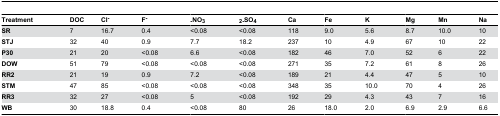
| Treatment | DOC | Cl- | F- | -NO3 | 2-SO4 | Ca | Fe | K | Mg | Mn | Na |
 | --- | --- | --- | --- | --- | --- | --- | --- | --- | --- | --- | --- |
 | SR | 7 | 16.7 | 0.4 | <0.08 | <0.08 | 118 | 9.0 | 5.6 | 8.7 | 10.0 | 10 |
 | STJ | 32 | 40 | 0.9 | 7.7 | 18.2 | 237 | 10 | 4.9 | 67 | 10 | 22 |
 | P30 | 21 | 20 | <0.08 | 6.6 | <0.08 | 182 | 46 | 7.0 | 52 | 6 | 22 |
 | DOW | 51 | 79 | <0.08 | <0.08 | <0.08 | 271 | 35 | 7.2 | 61 | 8 | 26 |
 | RR2 | 21 | 19 | 0.9 | 7.2 | <0.08 | 189 | 21 | 4.4 | 47 | 5 | 10 |
 | STM | 47 | 85 | <0.08 | <0.08 | <0.08 | 348 | 35 | 10.0 | 70 | 4 | 26 |
 | RR3 | 32 | 27 | <0.08 | 5 | <0.08 | 192 | 29 | 4.3 | 43 | 7 | 16 |
 | WB | 30 | 18.8 | 0.4 | <0.08 | 80 | 26 | 18.0 | 2.0 | 6.9 | 2.9 | 6.6 |